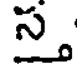
స